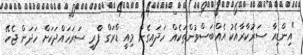
"އިންޑިއާ ސަރުކާރާއެކު އެއްބަސްވުންތަކެއް ހަދައިގެން މިއީ ޑްރަގް ފްްރީ ސަރަހައްދަކަށް ހަދަން ޖެހޭ.